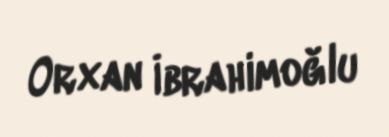
Orxan İbrahimoğlu